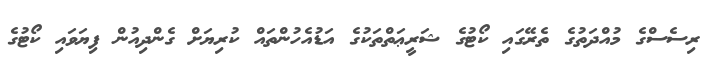
ރިސެސްގެ މުއްދަތުގެ ތެރޭގައި ކޯޓުގެ ޝަރީޢަތްތަކުގެ އަޑުއެހުންތައް ކުރިޔަށް ގެންދިއުން ފިޔަވައި ކޯޓުގެ